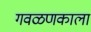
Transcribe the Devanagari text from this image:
गवळणकाला